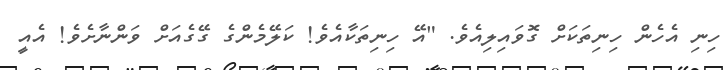
ހިނި އެހެން ހިނިތަކަށް ގޮވައިލިއެވެ. "އޭ ހިނިތަކާއެވެ! ކަލޭމެންގެ ގޭގެއަށް ވަންނާށެވެ! އެއީ